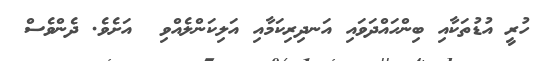
ހުރީ އުޑުތަކާއި ބިންހައްދަވައި އަނދިރިކަމާއި އަލިކަންލެއްވި  އަށެވެ. ދެންވެސް